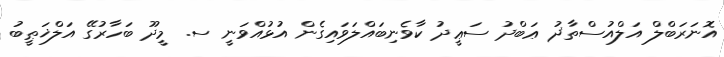
އޮނަރަބްލް އަލްއުސްތާޛު ޢަބްދު ސަޢީދު ކާވެނިބައްލަވައިގެން އުޅުއްވަނީ ސ. މީދޫ ބަހާރުގޭ އަލްޚަޠީބު